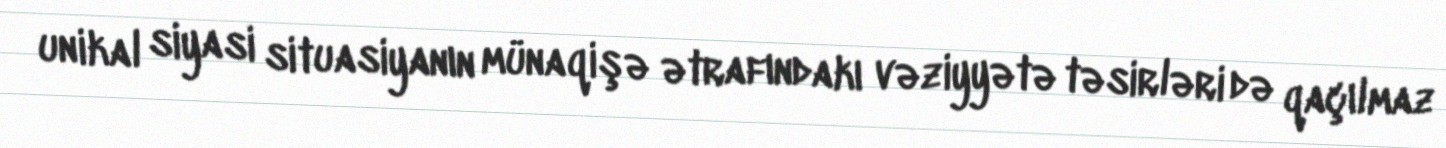
unikal siyasi situasiyanın münaqişə ətrafındakı vəziyyətə təsirləri də qaçılmaz